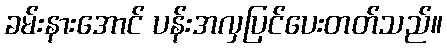
ခမ်းနားအောင် ပန်းအလှပြင်ပေးတတ်သည်။